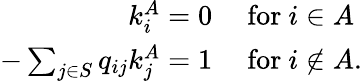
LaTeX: \begin{array}{rl}{k_{i}^{A}=0}&{{}{\mathrm{~for~}}i\in A}\\ {-\sum_{j\in S}q_{ij}k_{j}^{A}=1}&{{}{\mathrm{~for~}}i\notin A.}\end{array}